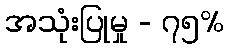
အသုံးပြုမှု - ၇၅%